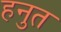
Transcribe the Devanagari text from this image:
हनुत